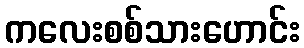
ကလေးစစ်သားဟောင်း